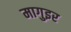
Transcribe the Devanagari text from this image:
मागुइर